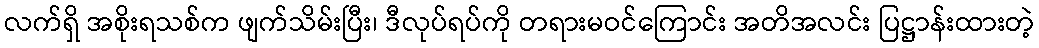
လက်ရှိ အစိုးရသစ်က ဖျက်သိမ်းပြီး၊ ဒီလုပ်ရပ်ကို တရားမဝင်ကြောင်း အတိအလင်း ပြဋ္ဌာန်းထားတဲ့